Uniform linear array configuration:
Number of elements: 4
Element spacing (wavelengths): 0.25
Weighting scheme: blackman
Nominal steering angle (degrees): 0
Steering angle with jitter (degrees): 0.0717
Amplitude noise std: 0.05
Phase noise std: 0.05

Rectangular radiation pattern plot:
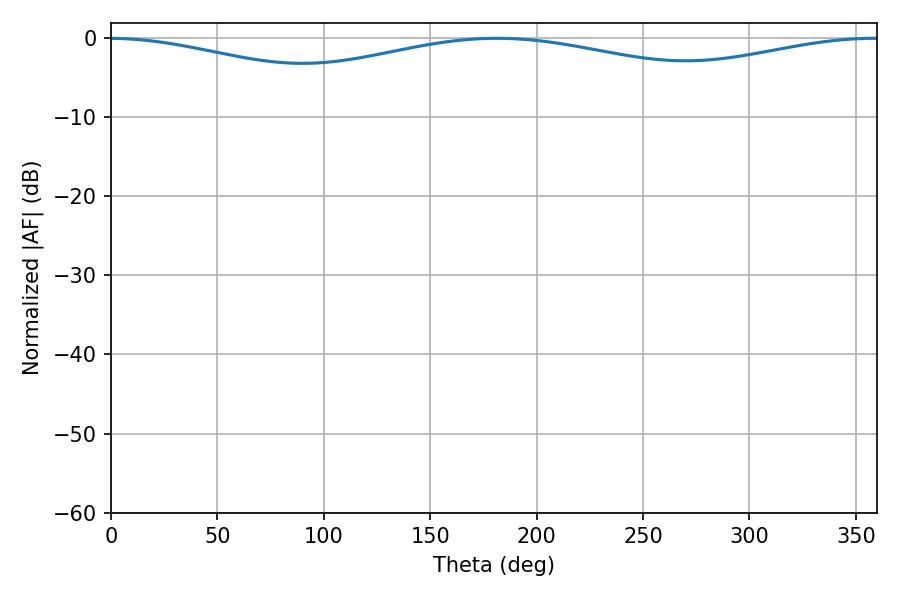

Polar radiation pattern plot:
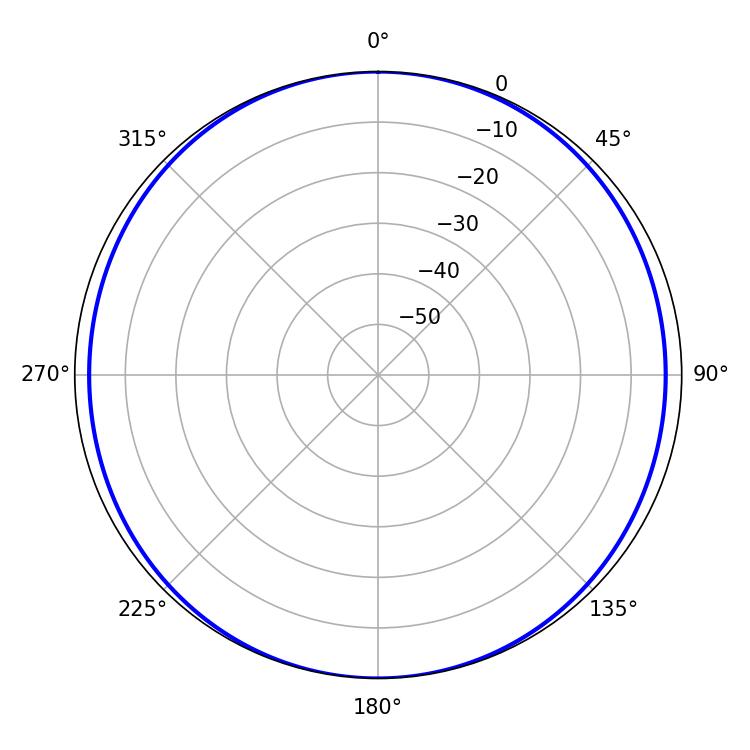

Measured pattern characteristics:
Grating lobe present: FALSE
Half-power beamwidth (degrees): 257.58
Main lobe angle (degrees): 181.44